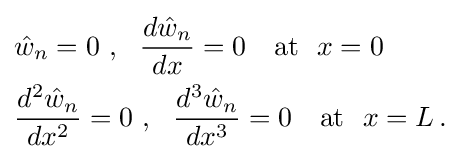
{\begin{aligned}&{\hat {w}}_{n}=0~,~~{\frac {d{\hat {w}}_{n}}{dx}}=0\quad {\text{at}}~~x=0\\&{\frac {d^{2}{\hat {w}}_{n}}{dx^{2}}}=0~,~~{\frac {d^{3}{\hat {w}}_{n}}{dx^{3}}}=0\quad {\text{at}}~~x=L\,.\end{aligned}}